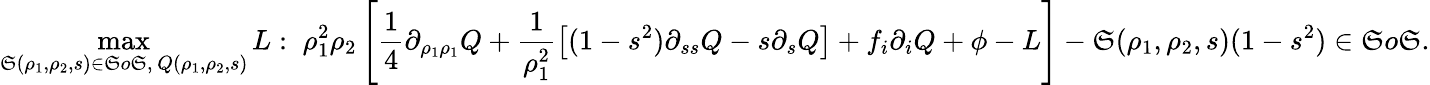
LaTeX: \operatorname*{max}_{\mathfrak{S}(\rho_{1},\rho_{2},s)\in\mathfrak{S}o\mathfrak{S},\, Q(\rho_{1},\rho_{2},s)}L:\; \rho_{1}^{2}\rho_{2}\left[\frac{{1}}{{4}}\partial_{\rho_{1}\rho_{1}}Q+\frac{{1}}{{\rho_{1}^{2}}}\left[(1-s^{2})\partial_{ss}Q-s\partial_{s}Q\right]+f_{i}\partial_{i}Q+\phi-L\right]-\mathfrak{S}(\rho_{1},\rho_{2},s)(1-s^{2})\in\mathfrak{S}o\mathfrak{S}.